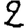
Digit: 2